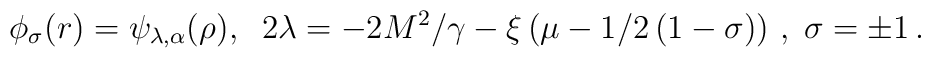
\phi _{\sigma }(r)=\psi _{\lambda ,\alpha }(\rho ),\;\;2\lambda=-2M^{2}/\gamma -\xi \left( \mu -1/2\left( 1-\sigma \right) \right)\,,\;\sigma =\pm 1\,.